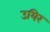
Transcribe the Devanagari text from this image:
उयिर